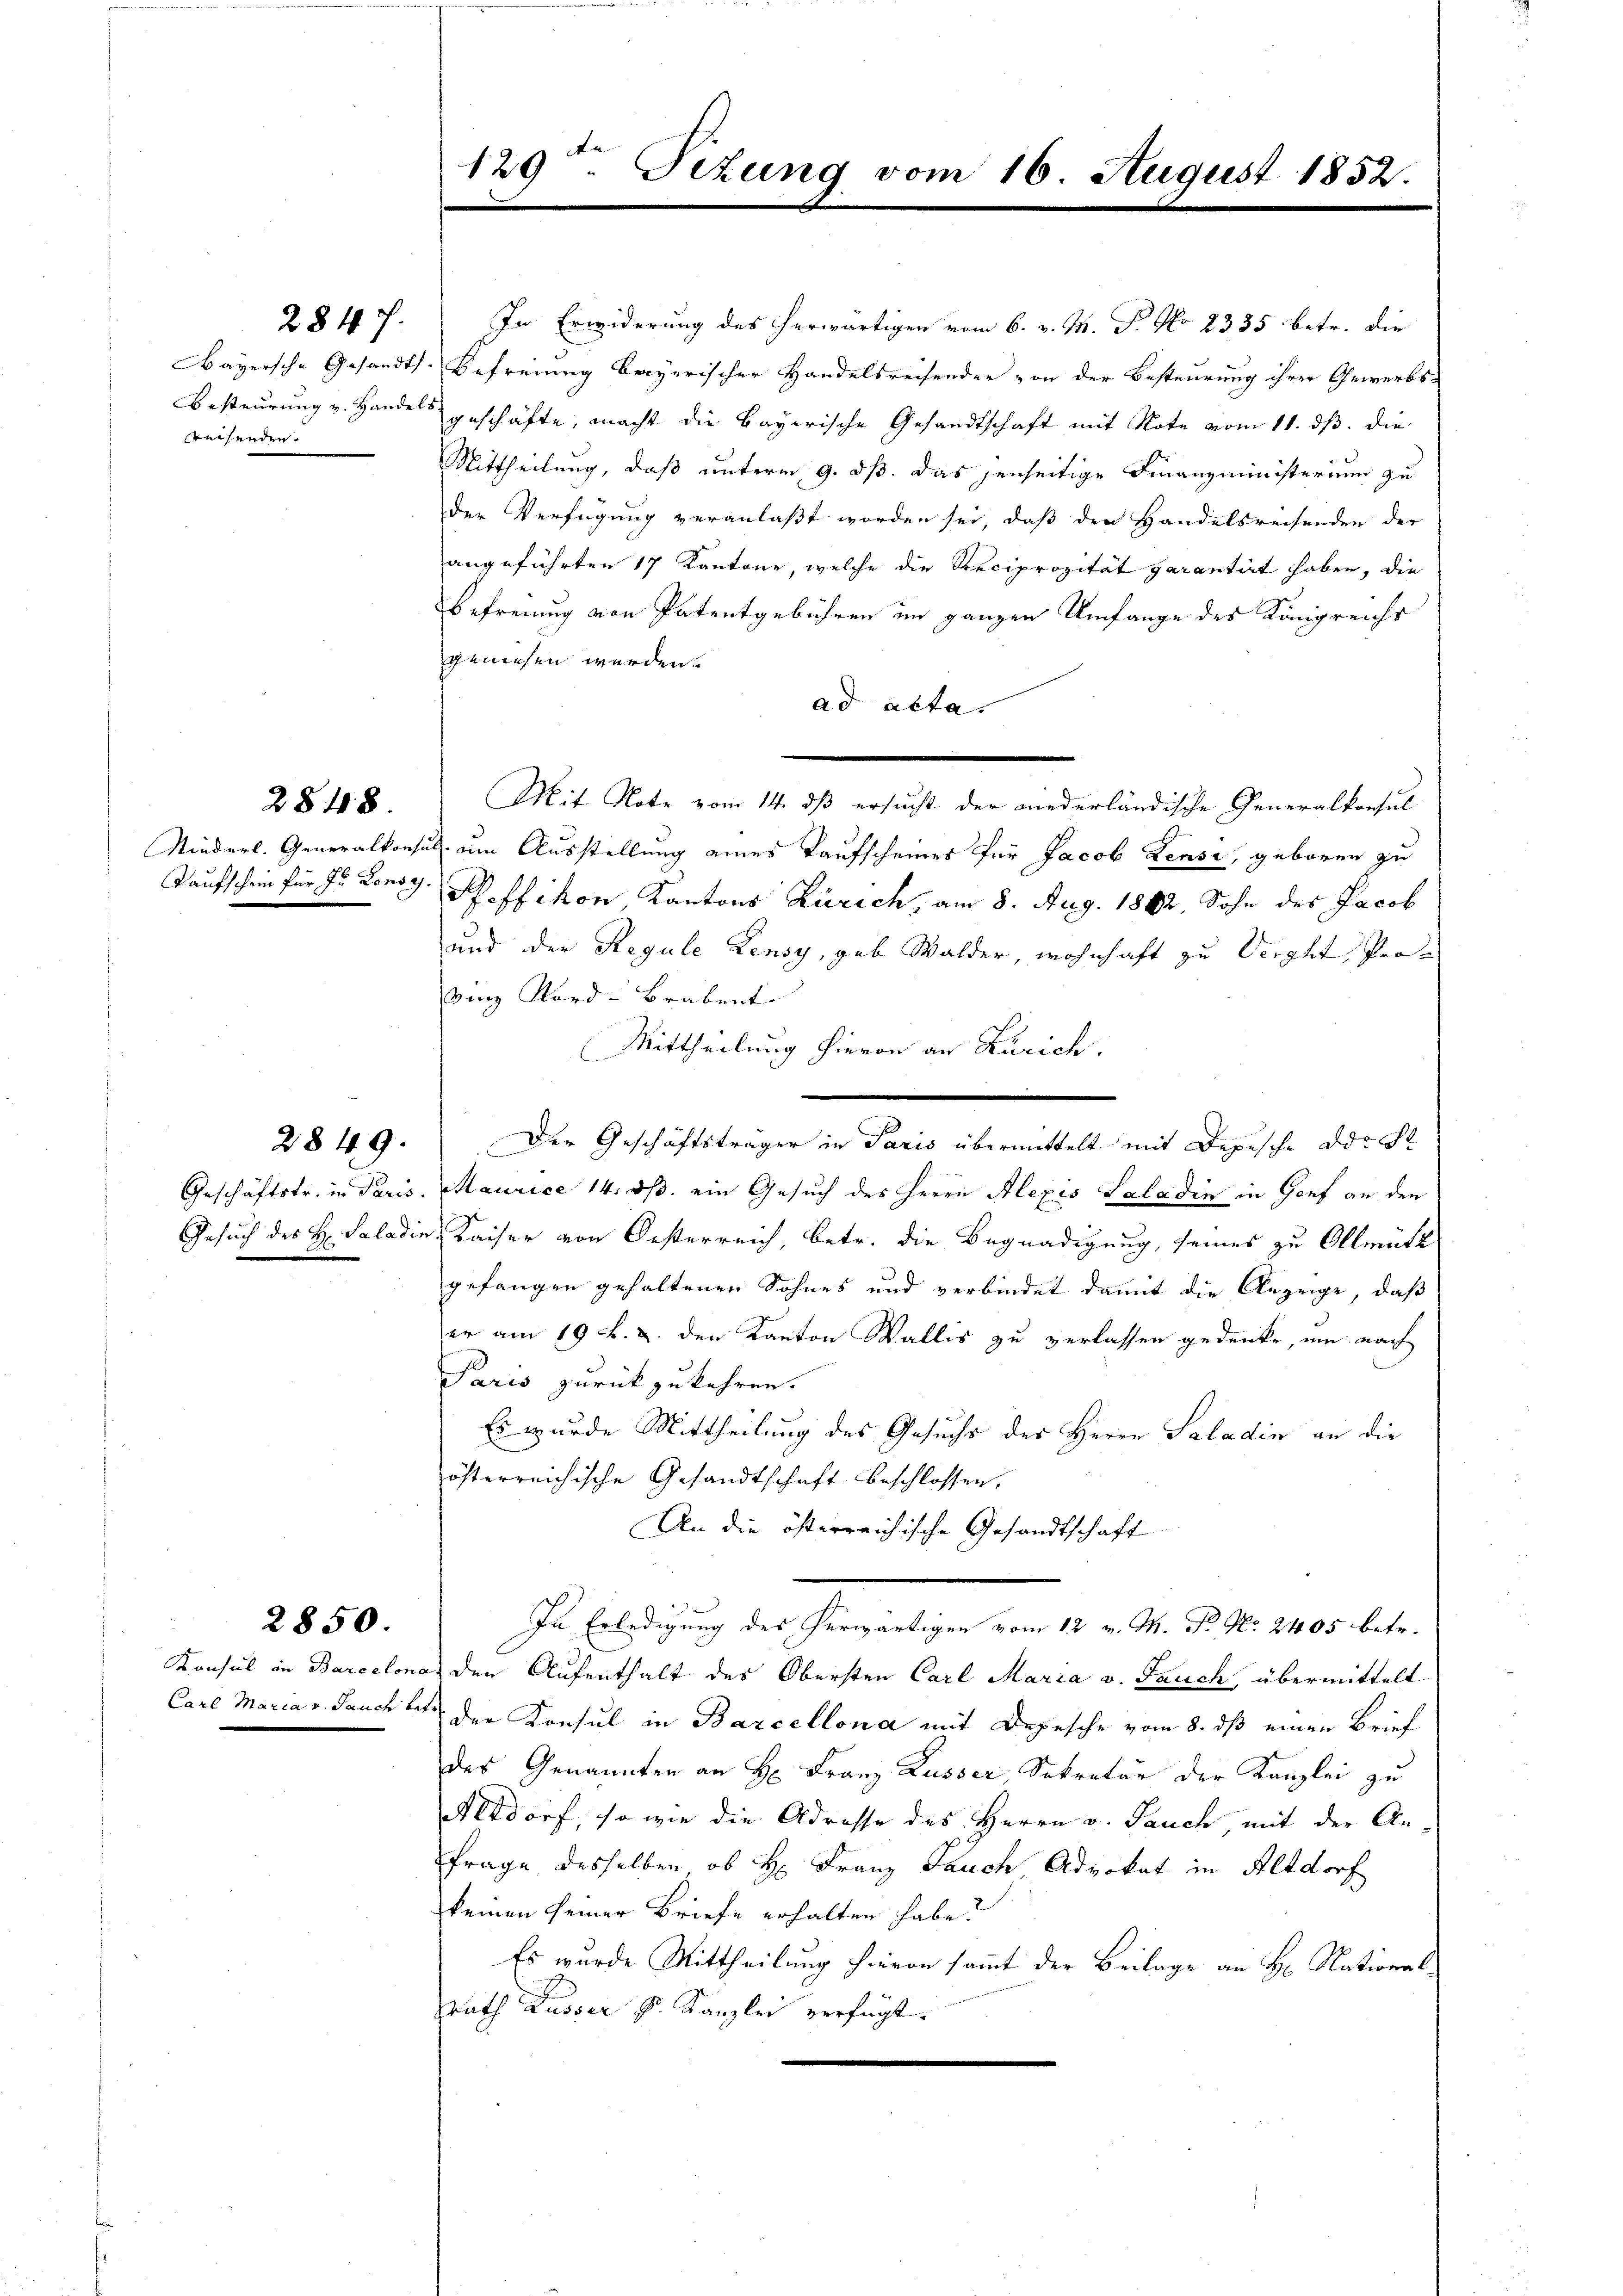
weisenden.

Taufschein für zu Lonses.

2848.

2849.

2850.

129. Situng vom 16. August 1852.

284 f. In Erwiderung des herwärtigen vom 6. v. M. P. No 2335 betr. die
Bayersche Gesandts-Befreiung bayerischer Handelsreisender von der Besteurung ihrer Gewerbs¬
Besteurung v. Handels geschäfte, macht die bayerische Gesandtschaft mit Note vom 11. dß. die
Mittheilung, daß unterm 9. ds. das jenseitige Finanzministerium zu
der Verfügung veranlaßt worden sei, daß den Handelsreisenden der
angeführten 17 Kantone, welche die Reciprozität garantirt haben, die
Befreiung von Patentgebühren im ganzen Umfange des Königreichs
gewesen werden.
ad acta.
Mit Note vom 14. dß ersucht der niederländische Generalkonsul
Niederl. Generalkonsul um Ausstellung eines Kaufscheines für Jacob Pensi, geboren zu
Pfeffikon, Kantons Zürich, am 8. Aug. 1882, Sohn der Jacob
und der Regule Lensy, geb Walder, wohnhaft zu Verght Provinz Kard-Brabent
Mittheilung hievon an Zürich.
.
Der Geschäftsträger in Paris übermittelt mit Depesche Adrecht
Geschäftstr. in Paris. Maurice 14. ds. ein Gesuch des Herrn Alexis Saladin in Genf an, den
Gesuch des H. Saladin, Kaiser von Oesterreich, betr. die Begnadigung, seines zu Allmütt
gefangen gehaltenen Sohnes und verbindet damit die Anzeige, daß
er am 19 k. u. den Kanton Wallis zu verlassen gedenke, um nach
Paris zurückzukehren.
Es wurde Mittheilung des Gesuchs des Herrn Saladin an die
österreichische Gesandtschaft beschlossen,
An die österreichische Gesandtschaft
In Erledigung des herwärtigen vom 12 v. M. P. Nr. 2405 betr.
Konsul in Barcelona den Aufenthalt des Obersten Carl Maria v. Jauch, übermittelt
Carl Maria v. Jauchtet der Konsul in Barcellona mit Depesche vom 8. dß einen Brief
des Genannten an H: Franz Lusser Sekretär der Kanzlei zu
Altdorf, so wie die Adresse des Herrn v. Jauch mit der An¬
Frage desselben, ob H: Franz Jauch Advokat in Altdorf
keinen seiner Briefe erhalten habe?
Es wurde Mittheilung hievon sammt der Beilage an H. National-
Rath Russer k. Kanzlei verfügt: